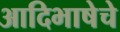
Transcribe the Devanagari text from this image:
आदिभाषेचे